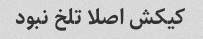
کیکش اصلا تلخ نبود